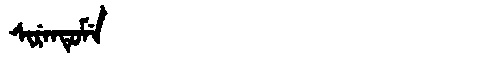
Manchu: ᠰᡳᡵᡝᠨᡨᡠᠮᡝ
Romanization: SIRENTUME